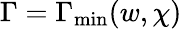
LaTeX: \Gamma=\Gamma_{\operatorname*{min}}(w,\chi)